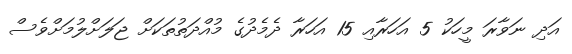
އަދި ނަވާރަ މީހަކު 5 އަހަރާއި 15 އަހަރާ ދެމެދުގެ މުއްދަތުތަކަށް ޖަލަށްލުމަށްވެސް